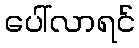
ပေါ်လာရင်